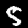
Digit: 5